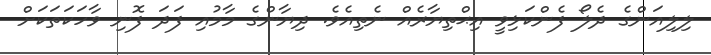
ލިލިއަންގެ ދެލޯ ފެންކަޅިވީ އިޙްތިޔާރެއް ނެތިއެވެ. ދިޔާންގެ މާމުއި ފަދަ ފޮނި ވާހަކަތަކަށް